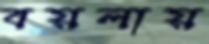
বয়লায়